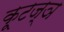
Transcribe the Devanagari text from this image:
कूटज्ञ